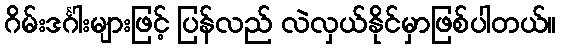
ဂိမ်းဒင်္ဂါးများဖြင့် ပြန်လည် လဲလှယ်နိုင်မှာဖြစ်ပါတယ်။